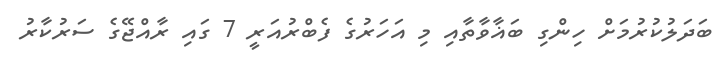
ބަދަލުކުރުމަށް ހިންގި ބަޣާވާތާއި މި އަހަރުގެ ފެބްރުއަރީ 7 ގައި ރާއްޖޭގެ ސަރުކާރު